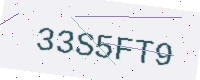
Text: 33S5FT9